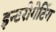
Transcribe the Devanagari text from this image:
इन्टरोगेटिंग